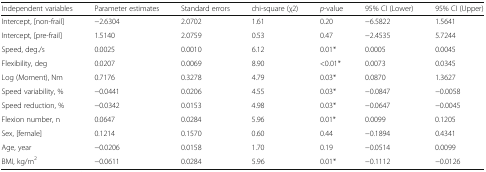
<table><thead><tr><td><b>Independent variables</b></td><td><b>Parameter estimates</b></td><td><b>Standard errors</b></td><td><b>chi-square (χ2)</b></td><td><b><i>p</i>-value</b></td><td><b>95% CI (Lower)</b></td><td><b>95% CI (Upper)</b></td></tr></thead><tbody><tr><td>Intercept, [non-frail]</td><td>−2.6304</td><td>2.0702</td><td>1.61</td><td>0.20</td><td>−6.5822</td><td>1.5641</td></tr><tr><td>Intercept, [pre-frail]</td><td>1.5140</td><td>2.0759</td><td>0.53</td><td>0.47</td><td>−2.4535</td><td>5.7244</td></tr><tr><td>Speed, deg./s</td><td>0.0025</td><td>0.0010</td><td>6.12</td><td>0.01*</td><td>0.0005</td><td>0.0045</td></tr><tr><td>Flexibility, deg</td><td>0.0207</td><td>0.0069</td><td>8.90</td><td>&lt;0.01*</td><td>0.0073</td><td>0.0345</td></tr><tr><td>Log (Moment), Nm</td><td>0.7176</td><td>0.3278</td><td>4.79</td><td>0.03*</td><td>0.0870</td><td>1.3627</td></tr><tr><td>Speed variability, %</td><td>−0.0441</td><td>0.0206</td><td>4.55</td><td>0.03*</td><td>−0.0847</td><td>−0.0058</td></tr><tr><td>Speed reduction, %</td><td>−0.0342</td><td>0.0153</td><td>4.98</td><td>0.03*</td><td>−0.0647</td><td>−0.0045</td></tr><tr><td>Flexion number, n</td><td>0.0647</td><td>0.0284</td><td>5.96</td><td>0.01*</td><td>0.0099</td><td>0.1205</td></tr><tr><td>Sex, [female]</td><td>0.1214</td><td>0.1570</td><td>0.60</td><td>0.44</td><td>−0.1894</td><td>0.4341</td></tr><tr><td>Age, year</td><td>−0.0206</td><td>0.0158</td><td>1.70</td><td>0.19</td><td>−0.0514</td><td>0.0099</td></tr><tr><td>BMI, kg/m<sup>2</sup></td><td>−0.0611</td><td>0.0284</td><td>5.96</td><td>0.01*</td><td>−0.1112</td><td>−0.0126</td></tr></tbody></table>